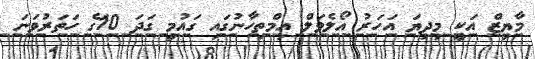
މާޔިޒް އަކީ މިދިޔަ އަހަރު އޯލެވަލް އިމްތިހާނުގައި ގައުމީ ގަދަ 10ގެ ހަތަރުވަނަ